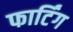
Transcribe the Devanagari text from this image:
फार्टिंग